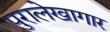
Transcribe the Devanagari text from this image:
पुरालेखागार